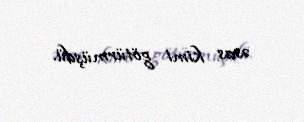
əsas kimi götürmüşdü.